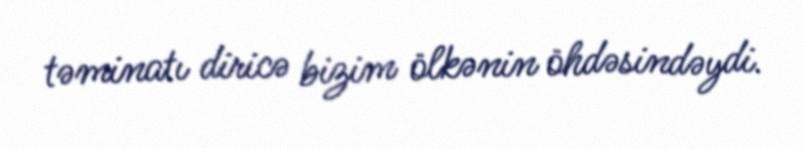
təminatı diricə bizim ölkənin öhdəsindəydi.